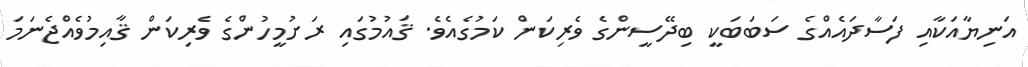
އަނިޔާއަކާއި ފަސާދައެއްގެ ސަބަބަކީ ބިދޭސީންގެ ވެރިކަން ކަމުގެއެވެ. ޤައުމުގައި ރަށުމީހުންގެ ވެރިކަން ޤާއިމުވެއްޖެނަމަ